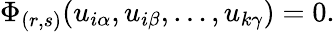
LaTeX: \Phi_{(r,s)}(u_{i\alpha},u_{i\beta},\ldots,u_{k\gamma})=0.